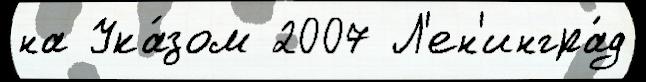
на Ука́зом 2007 Л'ен'ингра́д